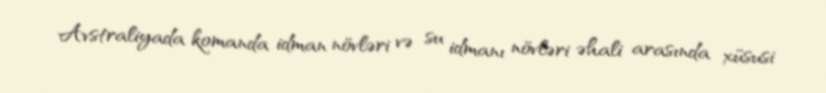
Avstraliyada komanda idman növləri və su idmanı növləri əhali arasında xüsusi